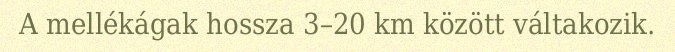
A mellékágak hossza 3–20 km között váltakozik.